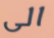
الى